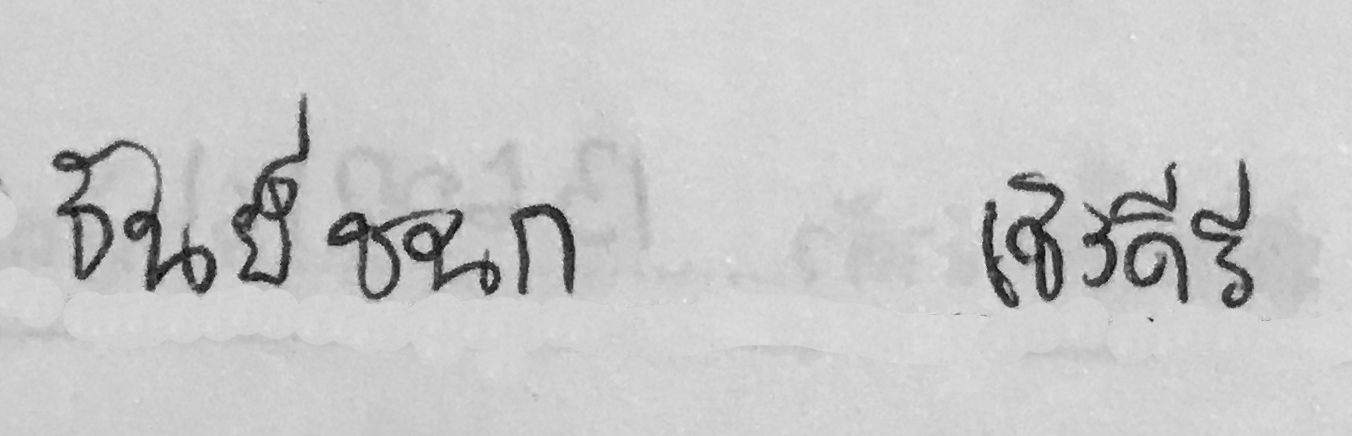
ธันย์ชนก เชิงคีรี